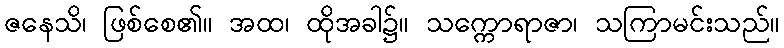
ဇနေသိ၊ ဖြစ်စေ၏။ အထ၊ ထိုအခါ၌။ သက္ကောရာဇာ၊ သကြာမင်းသည်။